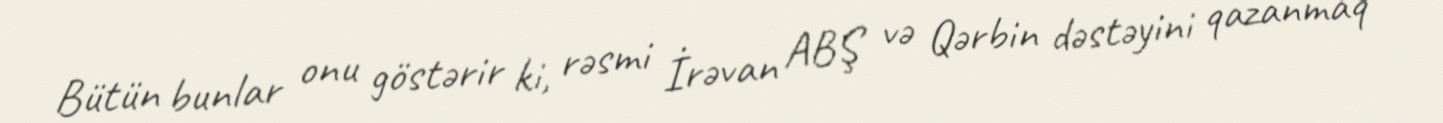
Bütün bunlar onu göstərir ki, rəsmi İrəvan ABŞ və Qərbin dəstəyini qazanmaq